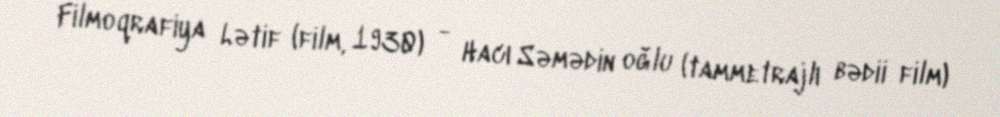
Filmoqrafiya Lətif (film, 1930) - Hacı Səmədin oğlu (tammetrajlı bədii film)